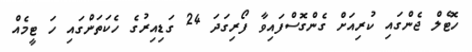
ހޮޓެލް ޖެންގައި ކުރިއަށް ގެންގޮސްފައިވާ ފޯރިގަދަ 24 ގަޑިއިރުގެ ހެކަތަންގައި ހަ ޓީމެއް